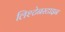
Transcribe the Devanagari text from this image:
लिश्टेनस्टाइन